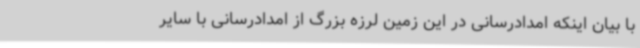
با بیان اینکه امدادرسانی در این زمین لرزه بزرگ از امدادرسانی با سایر